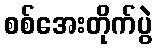
စစ်အေးတိုက်ပွဲ